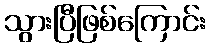
သွားပြီဖြစ်ကြောင်း